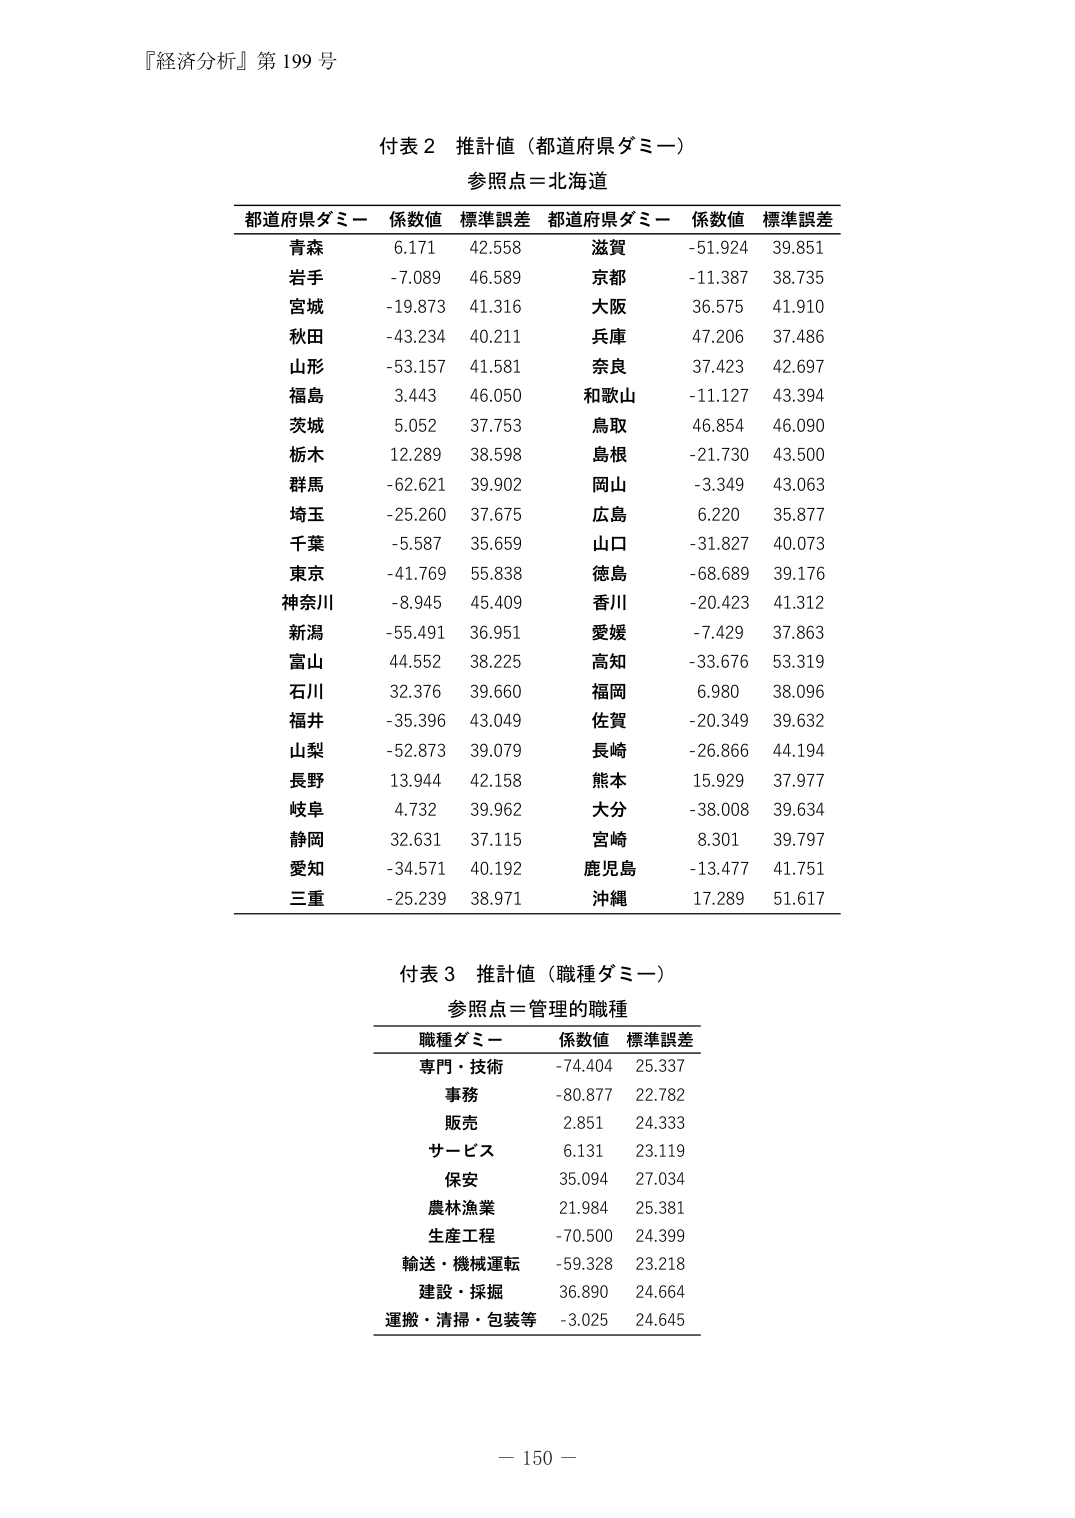
『経済分析』第 199 号

付表 2 推計値（都道府県ダミー）
参照点＝北海道

都道府県ダミー 係数値 標準誤差 都道府県ダミー 係数値 標準誤差
青森 6.171 42.558 滋賀 -51.924 39.851
岩手 -7.089 46.589 京都 -11.387 38.735
宮城 -19.873 41.316 大阪 36.575 41.910
秋田 -43.234 40.211 兵庫 47.206 37.486
山形 -53.157 41.581 奈良 37.423 42.697
福島 3.443 46.050 和歌山 -11.127 43.394
茨城 5.052 37.753 鳥取 46.854 46.090
栃木 12.289 38.598 島根 -21.730 43.500
群馬 -62.621 39.902 岡山 -3.349 43.063
埼玉 -25.260 37.675 広島 6.220 35.877
千葉 -5.587 35.659 山口 -31.827 40.073
東京 -41.769 55.838 徳島 -68.689 39.176
神奈川 -8.945 45.409 香川 -20.423 41.312
新潟 -55.491 36.951 愛媛 -7.429 37.863
富山 44.552 38.225 高知 -33.676 53.319
石川 32.376 39.660 福岡 6.980 38.096
福井 -35.396 43.049 佐賀 -20.349 39.632
山梨 -52.873 39.079 長崎 -26.866 44.194
長野 13.944 42.158 熊本 15.929 37.977
岐阜 4.732 39.962 大分 -38.008 39.634
静岡 32.631 37.115 宮崎 8.301 39.797
愛知 -34.571 40.192 鹿児島 -13.477 41.751
三重 -25.239 38.971 沖縄 17.289 51.617

付表 3 推計値（職種ダミー）
参照点＝管理的職種

職種ダミー 係数値 標準誤差
専門・技術 -74.404 25.337
事務 -80.877 22.782
販売 2.851 24.333
サービス 6.131 23.119
保安 35.094 27.034
農林漁業 21.984 25.381
生産工程 -70.500 24.399
輸送・機械運転 -59.328 23.218
建設・採掘 36.890 24.664
運搬・清掃・包装等 -3.025 24.645

－ 150 －